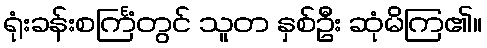
ရုံးခန်းစင်္ကြံတွင် သူတ နှစ်ဦး ဆုံမိကြ၏။